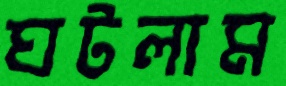
ঘটলাম